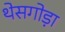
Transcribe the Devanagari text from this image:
थेसगोड़ा